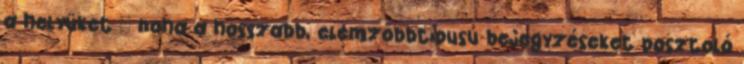
a helyüket — noha a hosszabb, elemzőbbtípusú bejegyzéseket posztoló